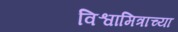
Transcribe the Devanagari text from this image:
विश्वामित्राच्या